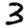
Digit: 3